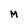
Character: M